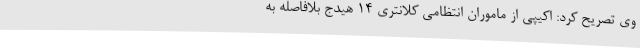
وی تصریح کرد: اکیپی از ماموران انتظامی کلانتری 14 هیدج بلافاصله به